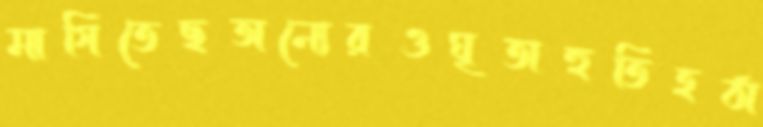
মাগিতেছঅন্যেরওঘৃতাহুতিহঠা